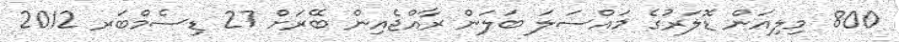
800 މިލިއަން ޑޮލަރުގެ މައްސަލަ ބަލަން ރާއްޖެއިން ބޭރަށް 27 ޑިސެމްބަރ 2012